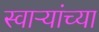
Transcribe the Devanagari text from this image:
स्वाऱ्यांच्या